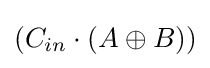
(C_{in}\cdot (A\oplus B))